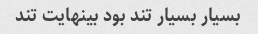
بسیار بسیار تند بود بینهایت تند